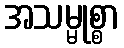
အသမ္မုစ္စာ